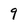
Character: 9